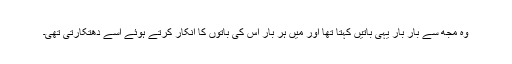
وہ مجھ سے بار بار یہی باتیں کہتا تھا اور میں ہر بار اُس کی باتوں کا انکار کرتے ہوئے اُسے دھتکارتی تھی۔